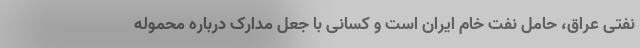
نفتی عراق، حامل نفت خام ایران است و کسانی با جعل مدارک دربارهٔ محمولهٔ